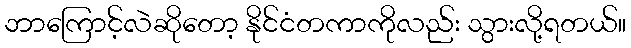
ဘာကြောင့်လဲဆိုတော့ နိုင်ငံတကာကိုလည်း သွားလို့ရတယ်။